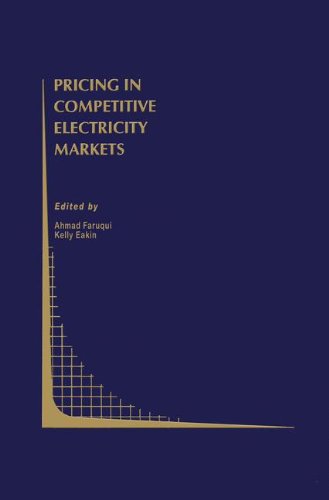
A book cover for Pricing in Competitive Electricity Markets (Topics in Regulatory Economics and Policy); Law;